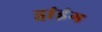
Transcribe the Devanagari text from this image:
ड्रांइंग